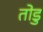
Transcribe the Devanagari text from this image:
तोडु